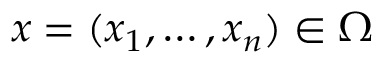
x = ( x _ { 1 } , \ldots , x _ { n } ) \in \Omega